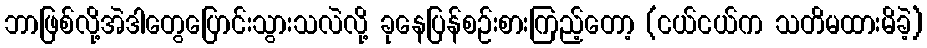
ဘာဖြစ်လို့အဲဒါတွေပြောင်းသွားသလဲလို့ ခုနေပြန်စဉ်းစားကြည့်တော့ (ငယ်ငယ်က သတိမထားမိခဲ့)